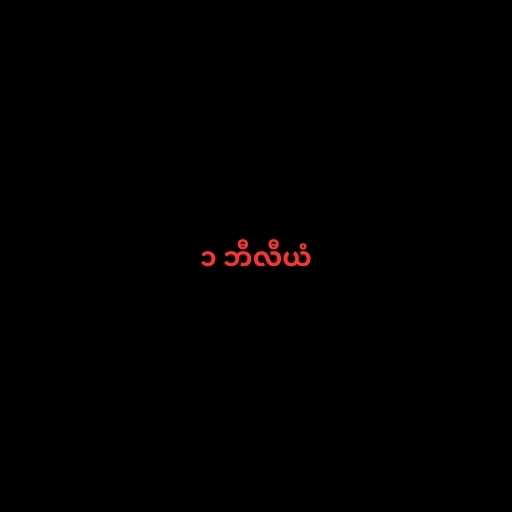
၁ ဘီလီယံ